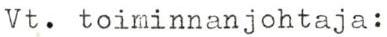
Vt. toiminnanjohtaja: